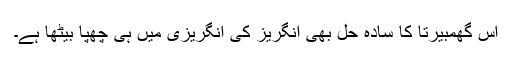
اس گھمبیرتا کا سادہ حل بھی انگریز کی انگریزی میں ہی چھپا بیٹھا ہے۔